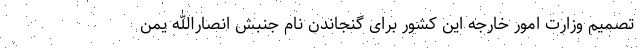
تصمیم وزارت امور خارجه این کشور برای گنجاندن نام جنبش انصارالله یمن